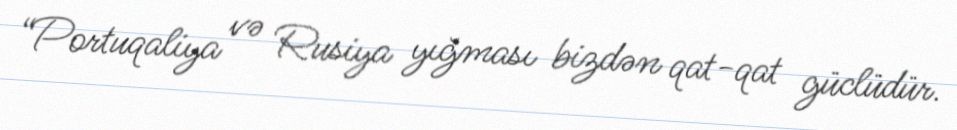
“Portuqaliya və Rusiya yığması bizdən qat-qat güclüdür.